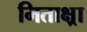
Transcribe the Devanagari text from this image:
मिताक्ष्रा